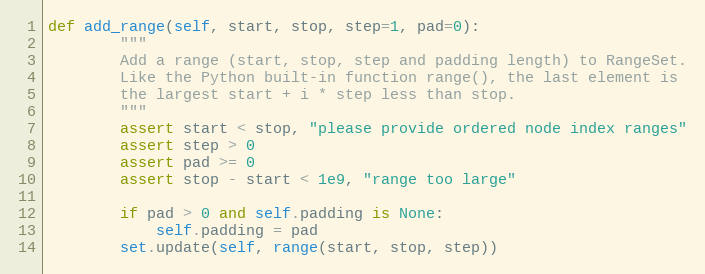
Language: Python
def add_range(self, start, stop, step=1, pad=0):
        """
        Add a range (start, stop, step and padding length) to RangeSet.
        Like the Python built-in function range(), the last element is
        the largest start + i * step less than stop.
        """
        assert start < stop, "please provide ordered node index ranges"
        assert step > 0
        assert pad >= 0
        assert stop - start < 1e9, "range too large"

        if pad > 0 and self.padding is None:
            self.padding = pad
        set.update(self, range(start, stop, step))